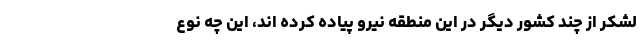
لشکر از چند کشور دیگر در این منطقه نیرو پیاده کرده اند، این چه نوع